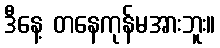
ဒီနေ့ တနေကုန်မအားဘူး။